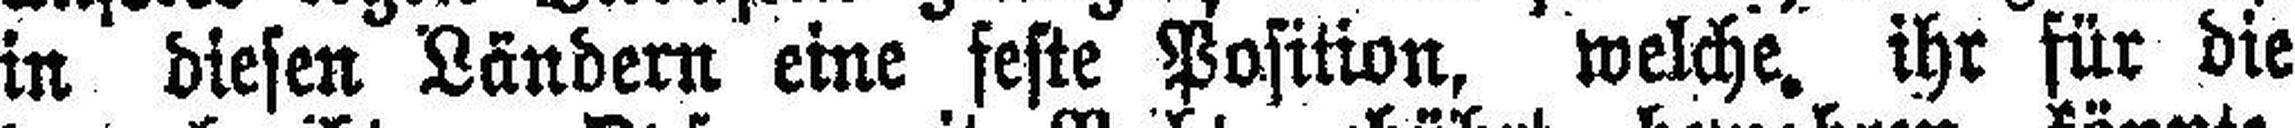
in diesen Ländern eine feste Position, welche, ihr für die